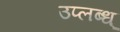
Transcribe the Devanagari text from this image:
उप्लब्ध्